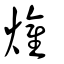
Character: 爟